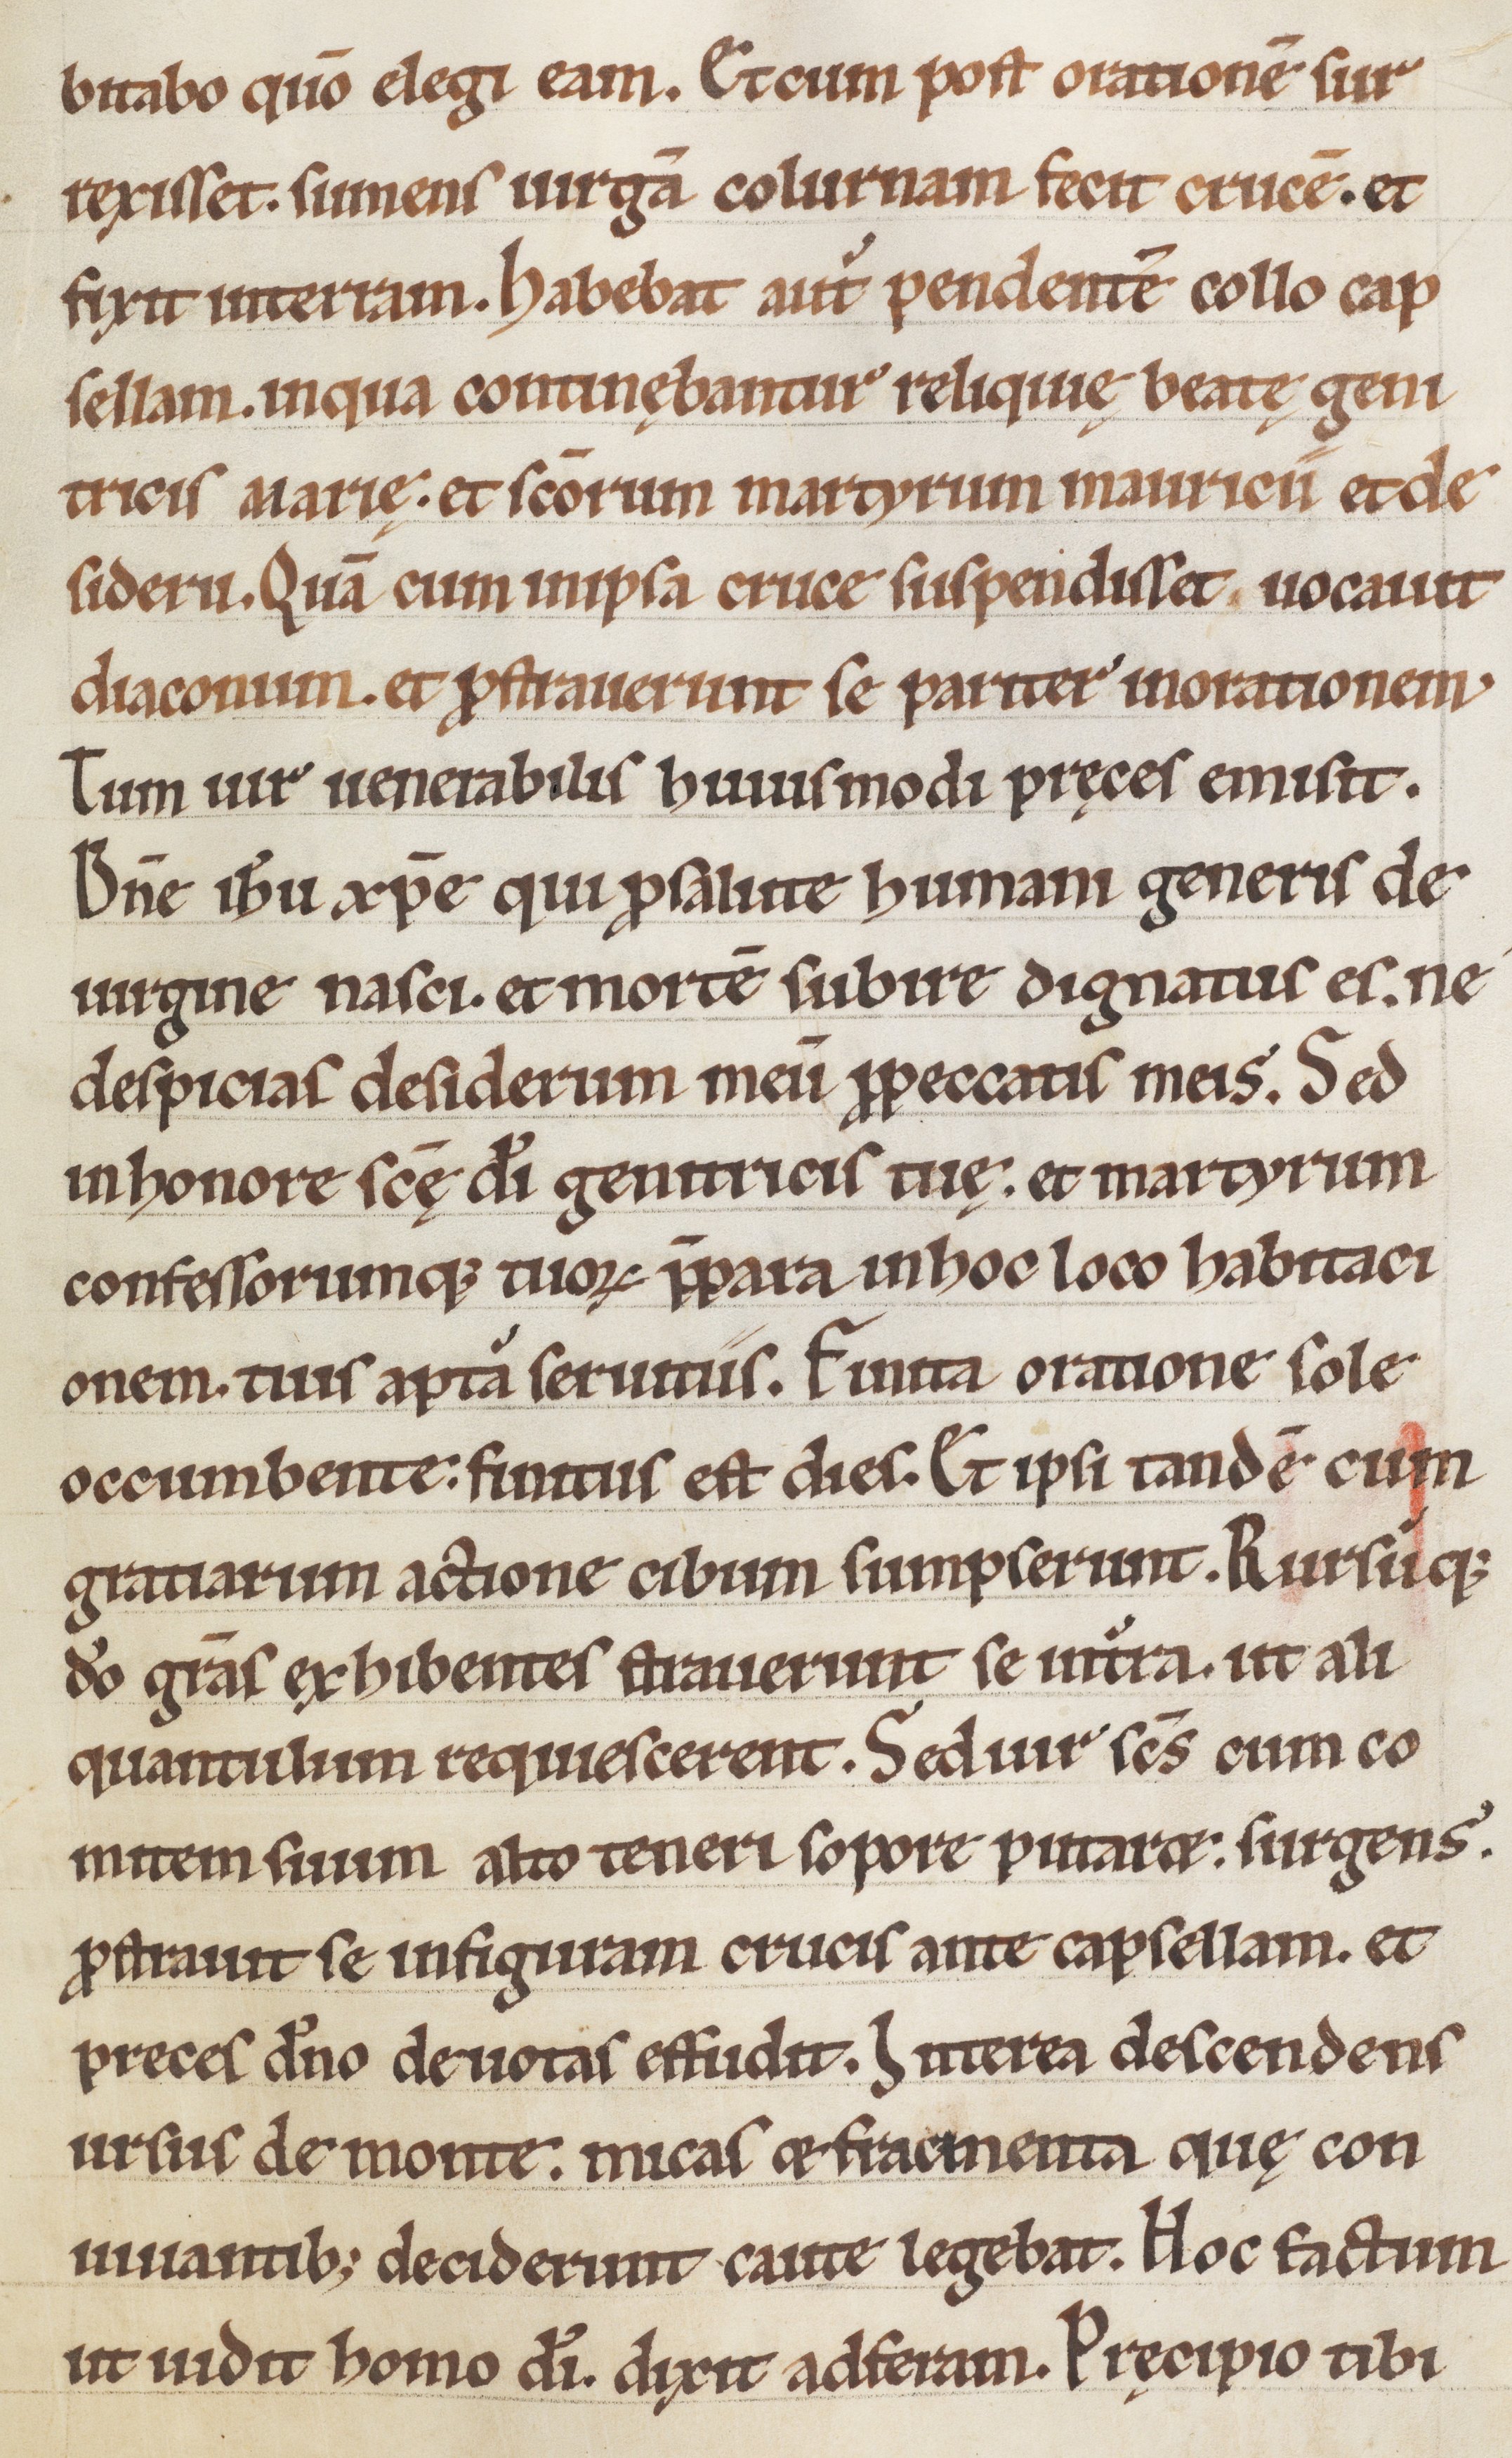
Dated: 1185–1215